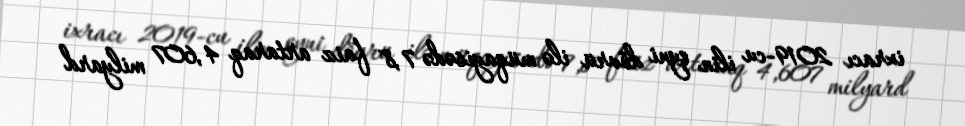
ixracı 2019-cu ilin eyni dövrü ilə müqayisədə 7,8 faiz artaraq 4,607 milyard